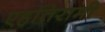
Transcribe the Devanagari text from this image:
एहतिरामी